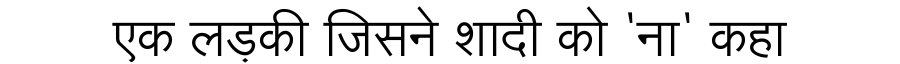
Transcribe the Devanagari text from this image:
एक लड़की जिसने शादी को 'ना' कहा